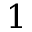
1